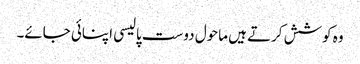
وہ کوشش کرتے ہیں ماحول دوست پالیسی اپنائی جائے۔